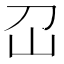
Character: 𡴻